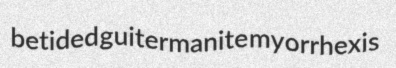
betided guitermanite myorrhexis